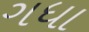
ગધા